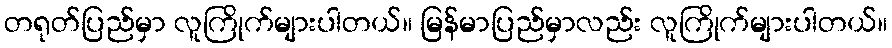
တရုတ်ပြည်မှာ လူကြိုက်များပါတယ်။ မြန်မာပြည်မှာလည်း လူကြိုက်များပါတယ်။